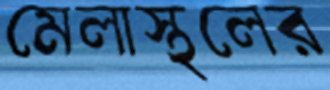
মেলাস্থলের